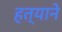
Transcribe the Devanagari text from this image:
हत्याने